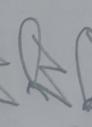
Signature authenticity: forged